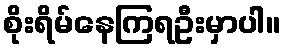
စိုးရိမ်နေကြရဦးမှာပါ။